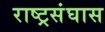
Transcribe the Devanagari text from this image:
राष्ट्रसंघास